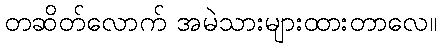
တဆိတ်လောက် အမဲသားများထားတာလေ။